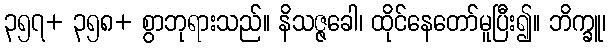
၃၅၇+ ၃၅၈+ စွာဘုရားသည်။ နိသဇ္ဇခေါ၊ ထိုင်နေတော်မူပြီး၍။ ဘိက္ခူ၊